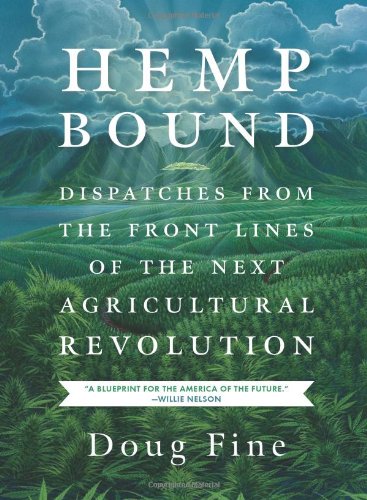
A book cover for Hemp Bound: Dispatches from the Front Lines of the Next Agricultural Revolution; Doug Fine; Science & Math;